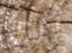
ثرى